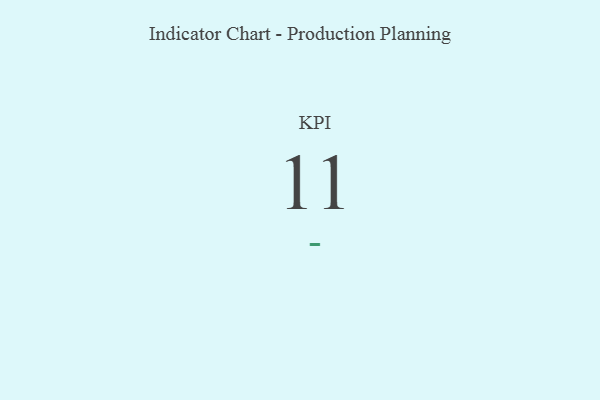
{"axis": {"x": "KPI", "y": "Value"}, "legend": [""], "data": [{"x": "KPI", "y": 11, "type": ""}]}